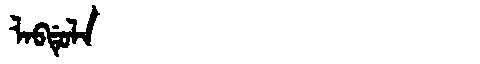
Manchu: ᠯᠠᠪᡩᡠᠯᠠ
Romanization: LABDULA